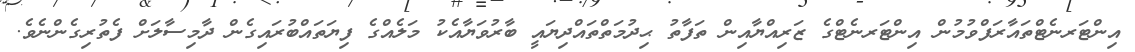
އިންޓަރނެޓްތައާރަފްވުމުން އިންޓަރނެޓްގެ ޒަރިއްޔާއިން ތަފާތު ޙިދުމަތްތައްދިޔައީ ބާރުވަޔާއެކު މަލެއްގެ ފިޔަތައްބުރައިގެން ދާމިސާލަށް ފެތުރިގެންނެވެ.